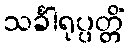
သင်္ခါရုပ္ပတ္တိံ